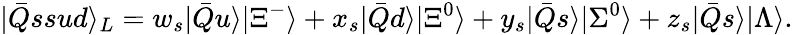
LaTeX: |\bar{Q}ssud\rangle_{L}=w_{s}|\bar{Q}u\rangle|\Xi^{-}\rangle+x_{s}|\bar{Q}d\rangle|\Xi^{0}\rangle+y_{s}|\bar{Q}s\rangle|\Sigma^{0}\rangle+z_{s}|\bar{Q}s\rangle|\Lambda\rangle.